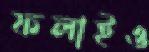
ফলাইও